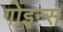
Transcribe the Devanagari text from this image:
गोइन्स